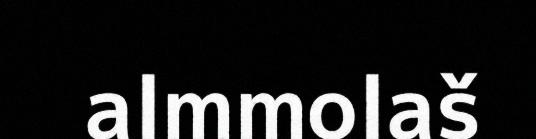
almmolaš